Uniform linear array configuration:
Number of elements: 16
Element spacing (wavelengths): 0.25
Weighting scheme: exponential
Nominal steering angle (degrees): -15
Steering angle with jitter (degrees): -13.61
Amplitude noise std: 0.05
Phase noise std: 0.05

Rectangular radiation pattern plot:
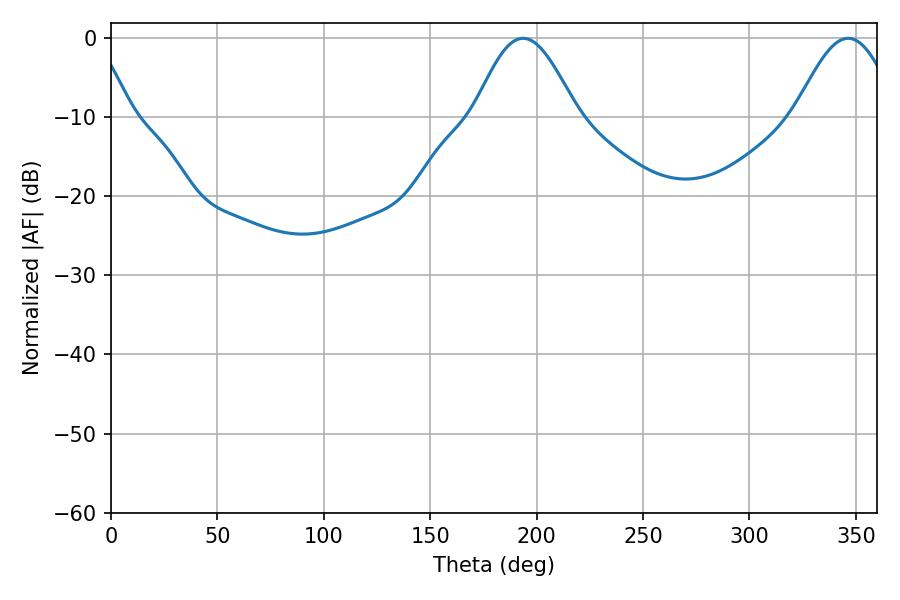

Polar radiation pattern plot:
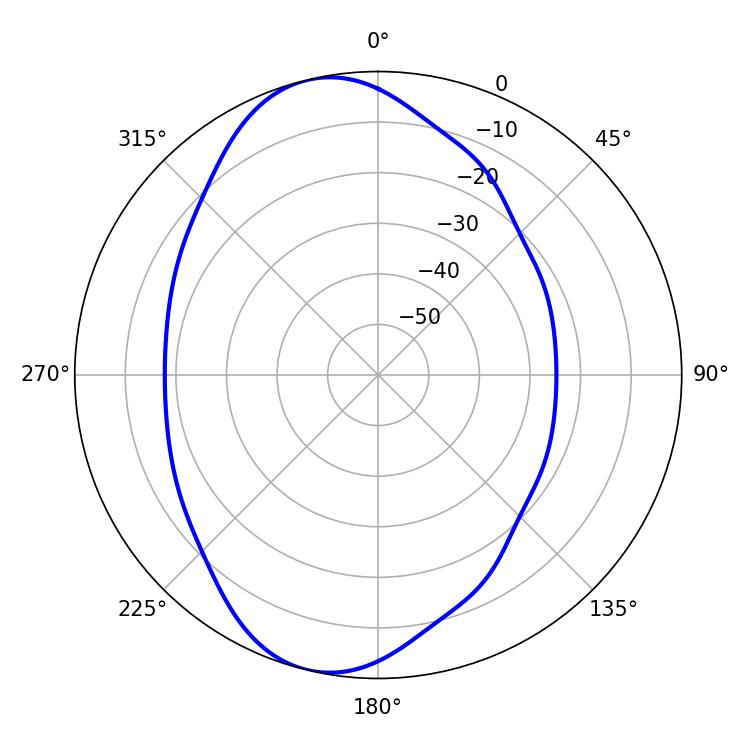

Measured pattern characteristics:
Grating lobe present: FALSE
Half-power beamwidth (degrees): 25.74
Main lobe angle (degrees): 193.68